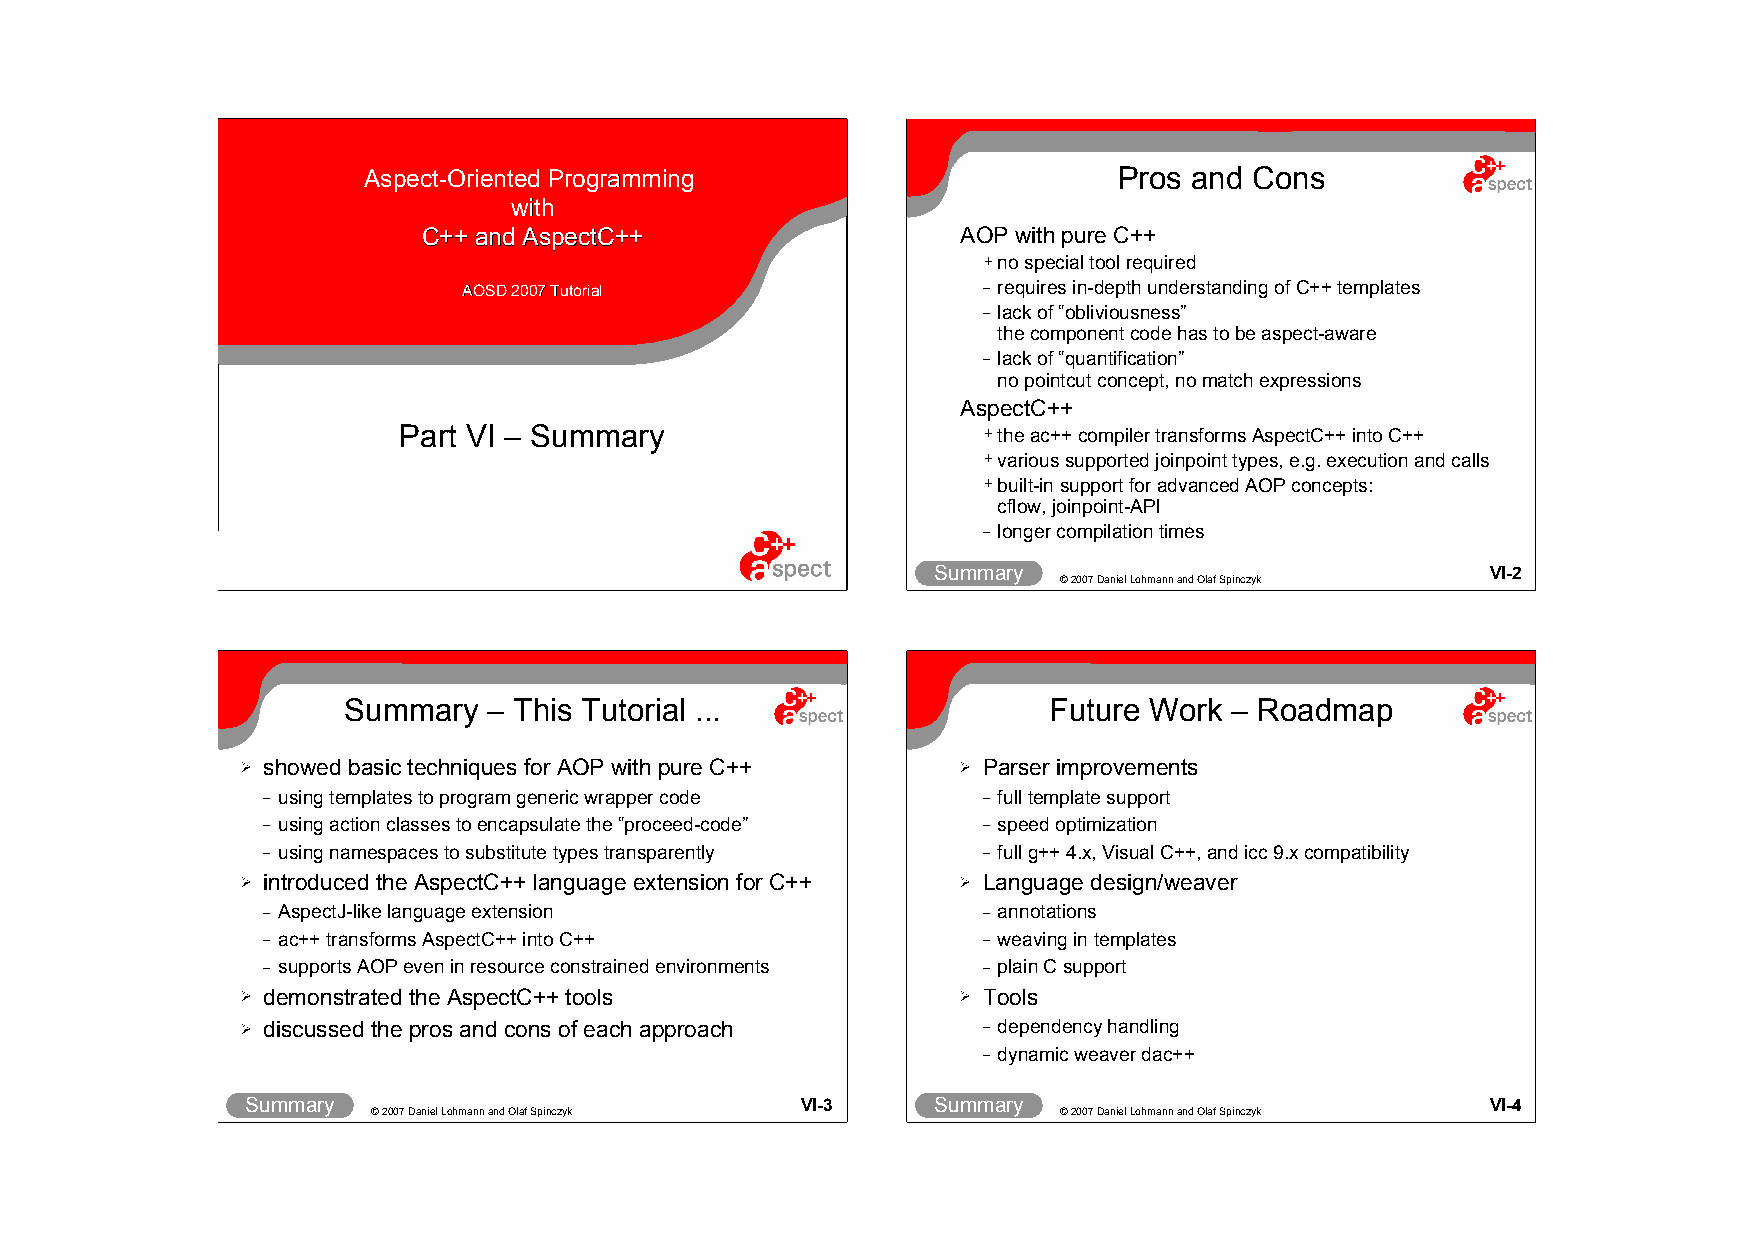
AAssppeecctt--OOrriieenntteedd PPrrooggrraammmmiinngg Pros and Cons
 wwiitthh
 CC++++ aanndd AAssppeeccttCC++++    AOP with pure C++
 +no special tool required
 AAOOSSDD 22000077 TTuuttoorriiaall – requires in-depth understanding of C++ templates
 – lack of “obliviousness”
 the component code has to be aspect-aware
 – lack of “quantification”
 no pointcut concept, no match expressions
 AspectC++
 Part VI – Summary                      +the ac++ compiler transforms AspectC++ into C++
 +various supported joinpoint types, e.g. execution and calls
 +built-in support for advanced AOP concepts:
 cflow, joinpoint-API
 – longer compilation times
 Summary                              VI-1     Summary                              VI-2
 © 2007 Daniel Lohmann and Olaf Spinczyk      © 2007 Daniel Lohmann and Olaf Spinczyk
 Summary  – This Tutorial ...                  Future Work – Roadmap
 ➢ showed basic techniques for AOP with pure C++ ➢ Parser improvements
 – using templates to program generic wrapper code – full template support
 – using action classes to encapsulate the “proceed-code” – speed optimization
 – using namespaces to substitute types transparently – full g++ 4.x, Visual C++, and icc 9.x compatibility
 ➢ introduced the AspectC++ language extension for C++ ➢ Language design/weaver
 – AspectJ-like language extension               – annotations
 – ac++ transforms AspectC++ into C++            – weaving in templates
 – supports AOP even in resource constrained environments – plain C support
 ➢ demonstrated the AspectC++ tools              ➢ Tools
 ➢ discussed the pros and cons of each approach   – dependency handling
 – dynamic weaver dac++
 Summary                              VI-3     Summary                              VI-4
 © 2007 Daniel Lohmann and Olaf Spinczyk      © 2007 Daniel Lohmann and Olaf Spinczyk